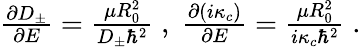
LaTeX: \begin{array}{r}{\frac{\partial D_{\pm}}{\partial E}=\frac{\mu R_{0}^{2}}{D_{\pm}\hbar^{2}}\; ,\; \frac{\partial(i\kappa_{c})}{\partial E}=\frac{\mu R_{0}^{2}}{i\kappa_{c}\hbar^{2}}\; .}\end{array}